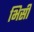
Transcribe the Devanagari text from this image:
भिसी